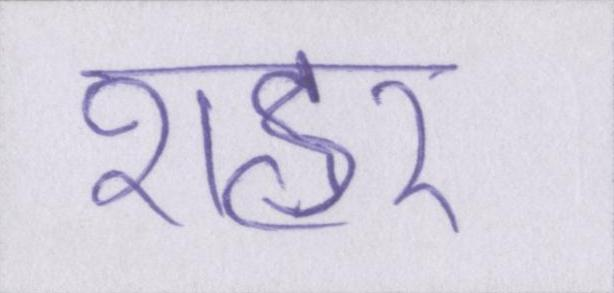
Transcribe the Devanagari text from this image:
शहर